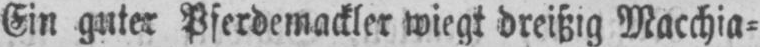
Ein guter Pferdemackler wiegt dreißig Macchia⸗